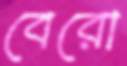
বেরো